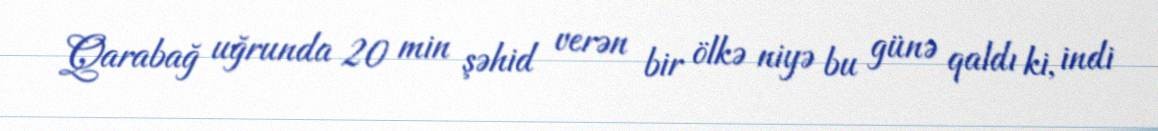
Qarabağ uğrunda 20 min şəhid verən bir ölkə niyə bu günə qaldı ki, indi